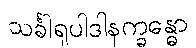
သင်္ခါရုပါဒါနက္ခန္ဓော